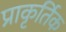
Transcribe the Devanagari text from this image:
प्राकृर्तिक